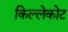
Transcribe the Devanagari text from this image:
किल्लेकोट